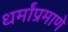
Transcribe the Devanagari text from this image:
धर्मांप्रमाणे